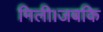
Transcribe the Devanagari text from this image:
मिली।जबकि